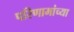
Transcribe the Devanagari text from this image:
परिणामांच्या